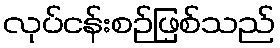
လုပ်ငန်းစဉ်ဖြစ်သည်